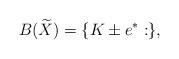
LaTeX: \begin{align*}B(\widetilde X)=\{K\pm e^*: \},\end{align*}